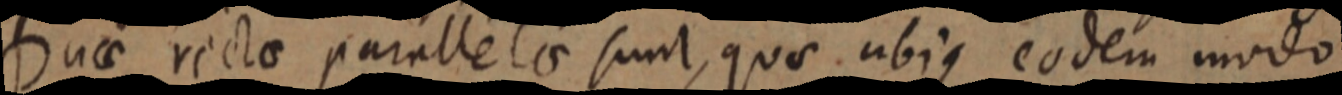
Duae rectae parallelae sunt, quae ubique eodem modo